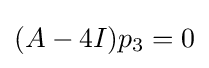
(A-4I)p_{3}=0